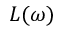
L ( \omega )